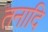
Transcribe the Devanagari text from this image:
तनादि